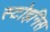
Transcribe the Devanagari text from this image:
स्टोइनिस